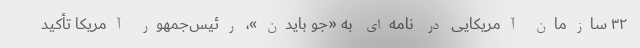
۳۲ سازمان آمریکایی در نامه‌ای به «جو بایدن»، رئیس‌جمهور آمریکا تأکید